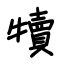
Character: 犢